Jaan_Tonisson_(Lasteleht), lk 63
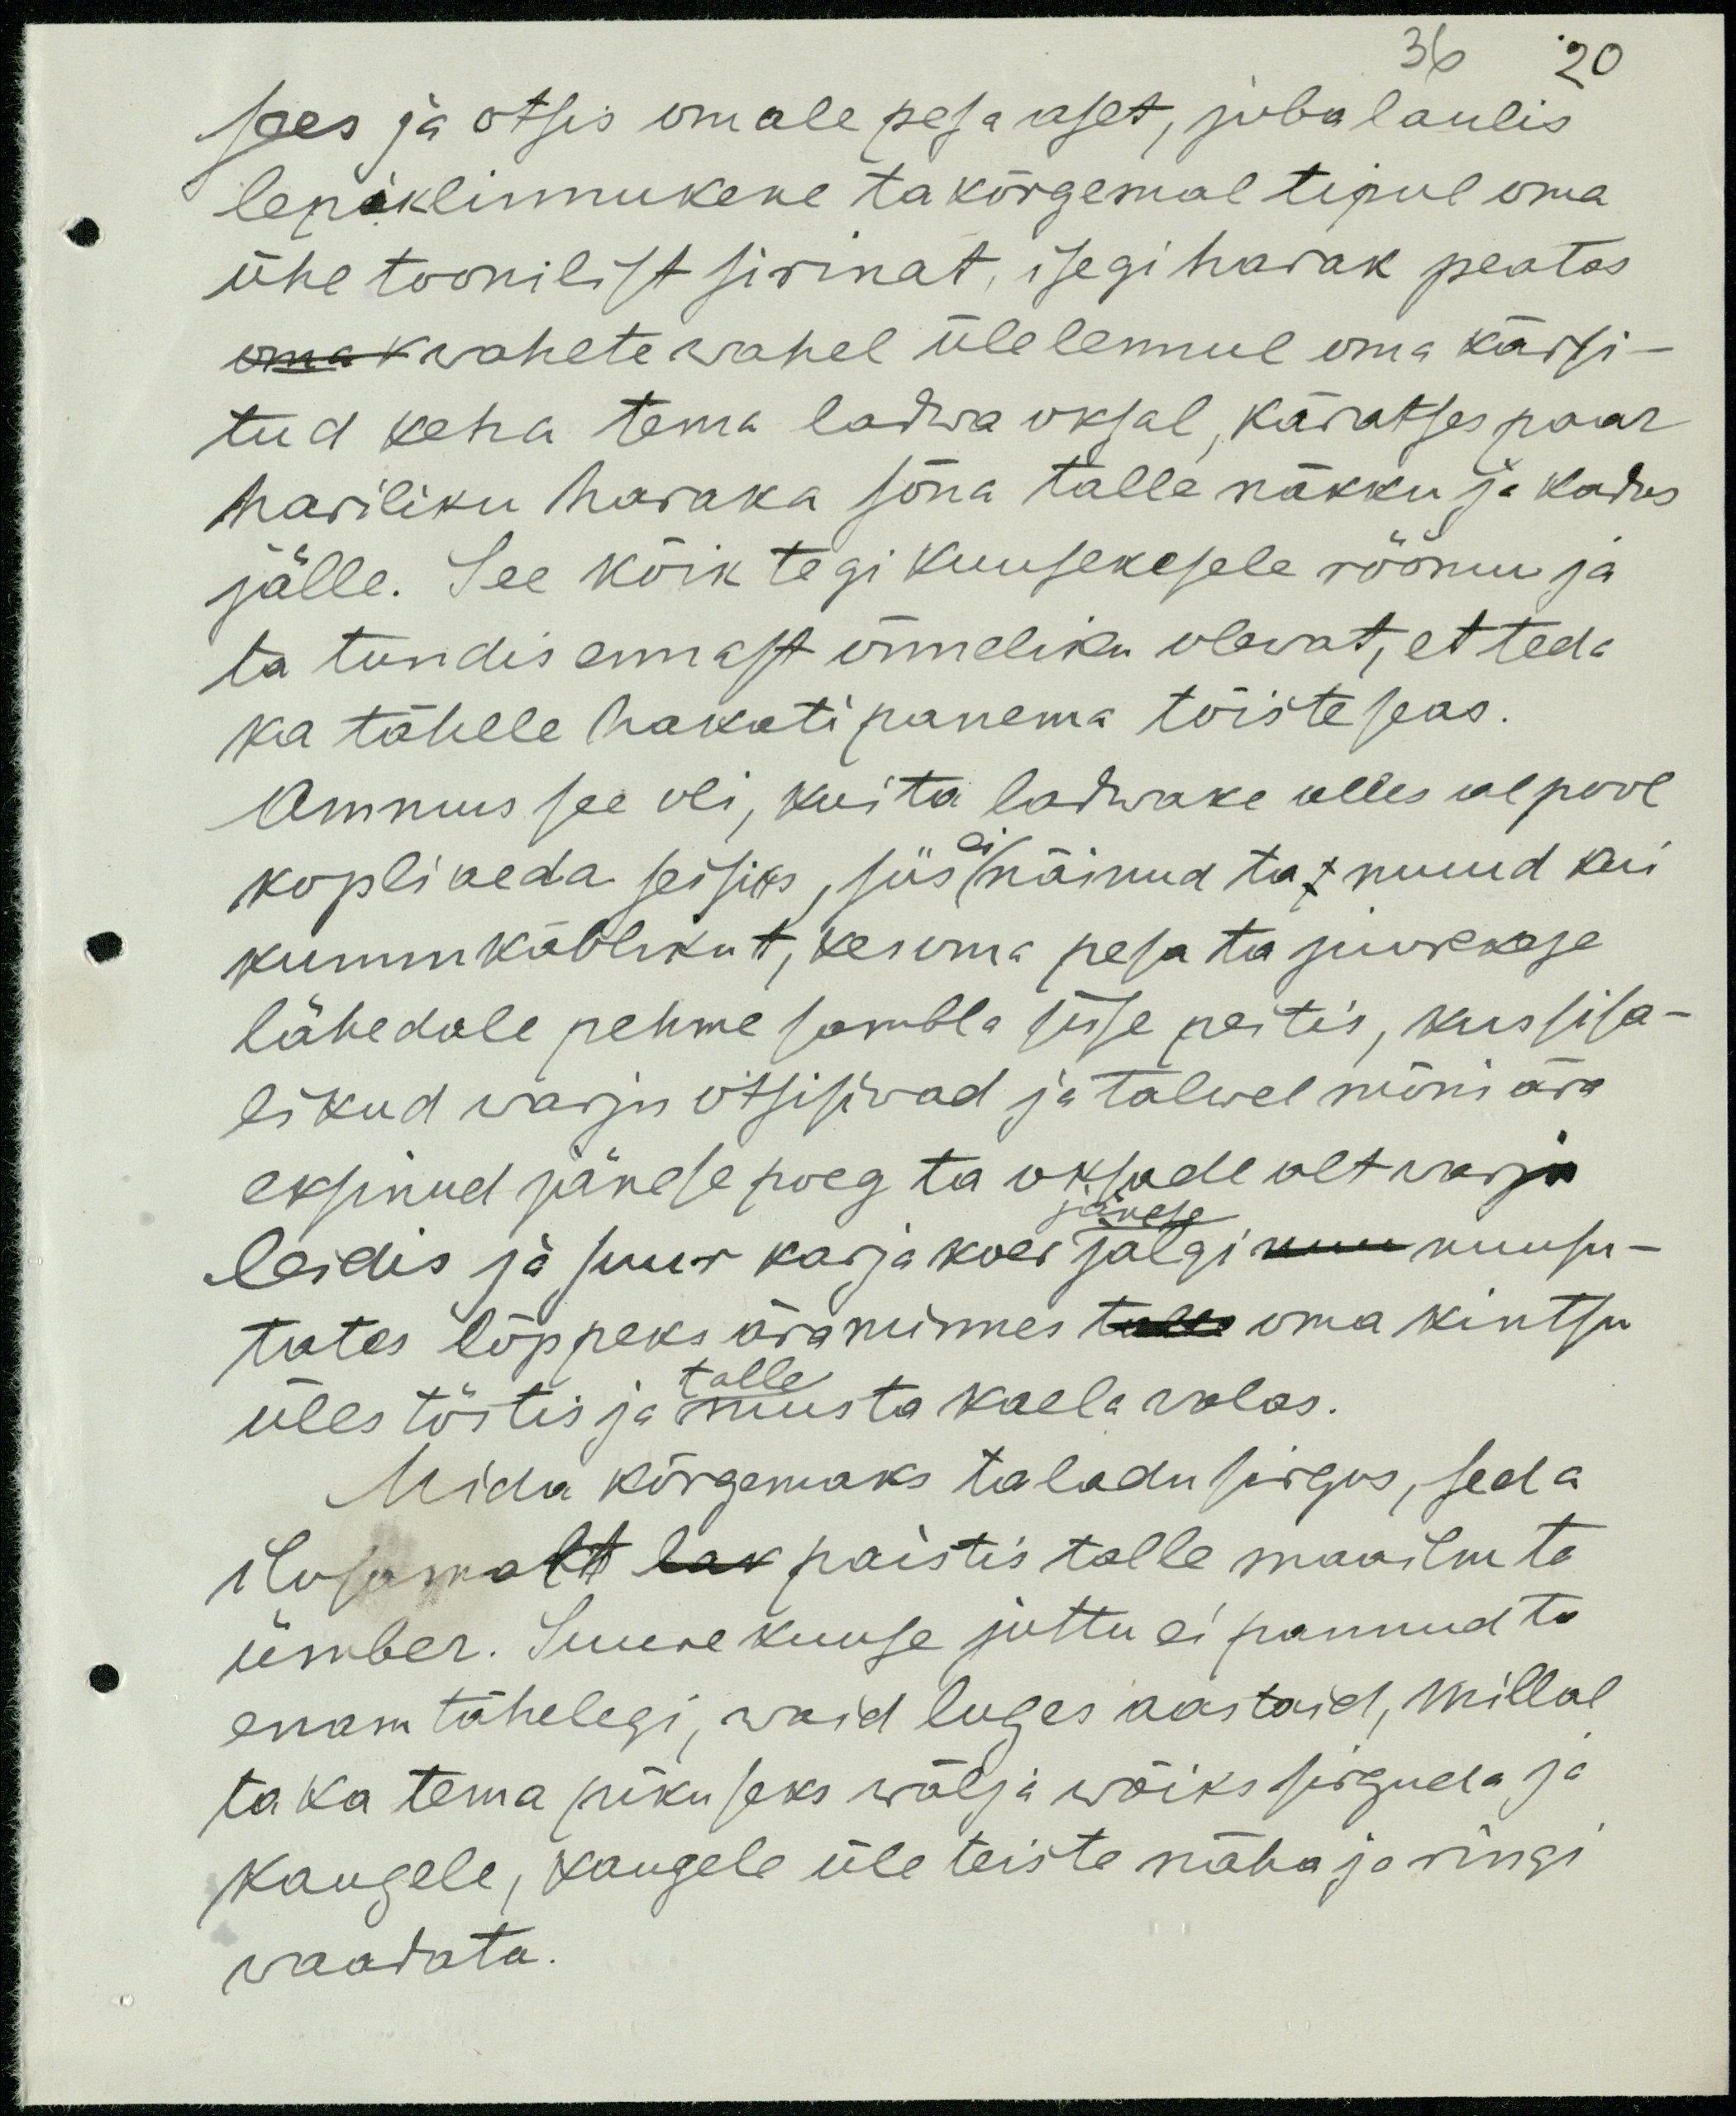
36
20
sees ja otsis omale pesa aset, juba laulis
lepiklinnukene ta kõrgemal tipul oma
ühe toonilist sirinat, isegi harak peatas
oma wahete wahel üle lennul oma kärsi-
tud keha tema ladwa oksal käratses paar
hariliku haraka sõna talle näkku ja kadus
jälle. See kõik tegi kuusekesele röömu ja
ta tundis ennast õnneliku olewat, et teda
ka tähele hakati panema tõiste seas.
Ammus see oli, kui ta ladwaks alles alpool
ei
kopliaeda seisis, kus näinud ta muud kui
kummkäblikut, kes oma pesa ta juurekese
lähedale pehme sambla sisse peitis, kus sisa-
likud warju otsisiwad ja talwel mõni ära
eksinud jänese poeg ta oksade alt warju
jänese
leidis ja suur karja koer jälgi nuu nuusu-
tates lõppeks ära minnes talle oma kintsu
talle
üles tõstis ja musta kaela walas.
Mida kõrgemaks ta ladu sirgus, seda
ilusamalt lak paistis talle maailm ta
ümber. Suure kuuse juttu ei pannud ta
enam tähelegi, waid luges aastaid, millal
ta ka tema pikuseks wälja wõiks sirguda ja
kaugele, kaugele üle teiste näha ja ringi
waadata.